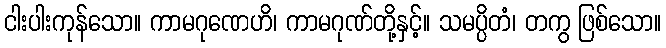
ငါးပါးကုန်သော။ ကာမဂုဏေဟိ၊ ကာမဂုဏ်တို့နှင့်။ သမပ္ပိတံ၊ တကွ ဖြစ်သော။